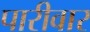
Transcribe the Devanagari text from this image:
पारीवार